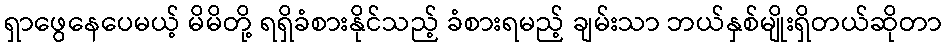
ရှာဖွေနေပေမယ့် မိမိတို့ ရရှိခံစားနိုင်သည့် ခံစားရမည့် ချမ်းသာ ဘယ်နှစ်မျိုးရှိတယ်ဆိုတာ